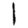
Digit: 1